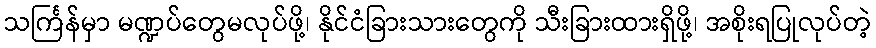
သင်္ကြန်မှာ မဏ္ဍပ်တွေမလုပ်ဖို့၊ နိုင်ငံခြားသားတွေကို သီးခြားထားရှိဖို့၊ အစိုးရပြုလုပ်တဲ့